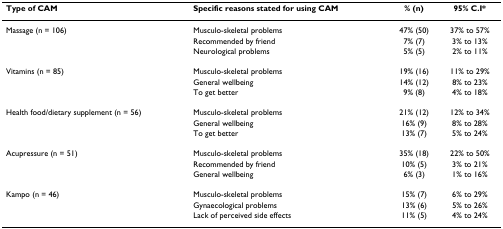
<table><thead><tr><td><b>Type of CAM</b></td><td><b>Specific reasons stated for using CAM</b></td><td><b>% (n)</b></td><td><b>95% C.I*</b></td></tr></thead><tbody><tr><td>Massage (n = 106)</td><td>Musculo-skeletal problems</td><td>47% (50)</td><td>37% to 57%</td></tr><tr><td></td><td>Recommended by friend</td><td>7% (7)</td><td>3% to 13%</td></tr><tr><td></td><td>Neurological problems</td><td>5% (5)</td><td>2% to 11%</td></tr><tr><td>Vitamins (n = 85)</td><td>Musculo-skeletal problems</td><td>19% (16)</td><td>11% to 29%</td></tr><tr><td></td><td>General wellbeing</td><td>14% (12)</td><td>8% to 23%</td></tr><tr><td></td><td>To get better</td><td>9% (8)</td><td>4% to 18%</td></tr><tr><td>Health food/dietary supplement (n = 56)</td><td>Musculo-skeletal problems</td><td>21% (12)</td><td>12% to 34%</td></tr><tr><td></td><td>General wellbeing</td><td>16% (9)</td><td>8% to 28%</td></tr><tr><td></td><td>To get better</td><td>13% (7)</td><td>5% to 24%</td></tr><tr><td>Acupressure (n = 51)</td><td>Musculo-skeletal problems</td><td>35% (18)</td><td>22% to 50%</td></tr><tr><td></td><td>Recommended by friend</td><td>10% (5)</td><td>3% to 21%</td></tr><tr><td></td><td>General wellbeing</td><td>6% (3)</td><td>1% to 16%</td></tr><tr><td>Kampo (n = 46)</td><td>Musculo-skeletal problems</td><td>15% (7)</td><td>6% to 29%</td></tr><tr><td></td><td>Gynaecological problems</td><td>13% (6)</td><td>5% to 26%</td></tr><tr><td></td><td>Lack of perceived side effects</td><td>11% (5)</td><td>4% to 24%</td></tr></tbody></table>